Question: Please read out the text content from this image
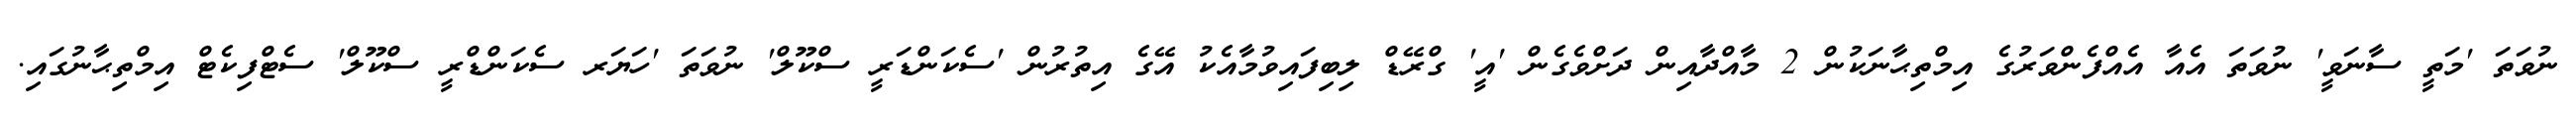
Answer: ނުވަތަ 'މަތީ ސާނަވީ' ނުވަތަ އެއާ އެއްފެންވަރުގެ އިމްތިޙާނަކުން 2 މާއްދާއިން ދަށްވެގެން 'އީ' ގްރޭޑް ލިބިފައިވުމާއެކު އޭގެ އިތުރުން 'ސެކަންޑަރީ ސްކޫލް' ނުވަތަ 'ހަޔަރ ސެކަންޑްރީ ސްކޫލް' ސެޓްފިކެޓް އިމްތިޙާނުގައި.